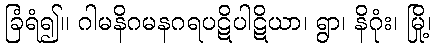
ခြံရံ၍။ ဂါမနိဂမနဂရပဋိပါဋိယာ၊ ရွာ၊ နိဂုံး၊ မြို့၊